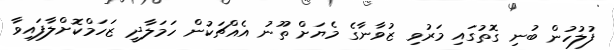
ފުލުހުން ބުނި ގޮތުގައި މަރުވި ޒުވާނާގެ މެޔަށް ތޫނު އެއްޗަކުން ހަމަލާދީ ޒަހަމްކޮށްލާފައިވާ